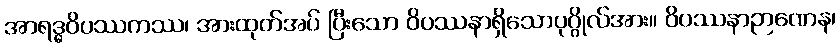
အာရဒ္ဓဝိပဿကဿ၊ အားထုတ်အပ် ပြီးသော ဝိပဿနာရှိသောပုဂ္ဂိုလ်အား။ ဝိပဿနာဉာဏေန၊